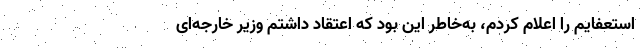
استعفایم را اعلام کردم، به‌خاطر این بود که اعتقاد داشتم وزیر خارجه‌ای